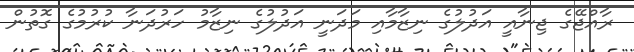
ރާއްޖޭގެ ޖިނާއީ އަދުލުގެ ނިޒާމާއި މަދަނީ އަދުލުގެ ނިޒާމު ހަރުދަނާ ކުރުމުގެ ގޮތުން